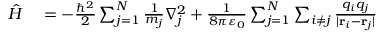
\begin{array} { r l } { { \hat { H } } } & { { } = - { \frac { \hbar ^ { 2 } } { 2 } } \sum _ { j = 1 } ^ { N } { \frac { 1 } { m _ { j } } } \nabla _ { j } ^ { 2 } + { \frac { 1 } { 8 \pi \varepsilon _ { 0 } } } \sum _ { j = 1 } ^ { N } \sum _ { i \neq j } { \frac { q _ { i } q _ { j } } { | \mathbf { r } _ { i } - \mathbf { r } _ { j } | } } } \end{array}